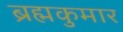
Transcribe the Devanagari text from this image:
ब्रह्मकुमार